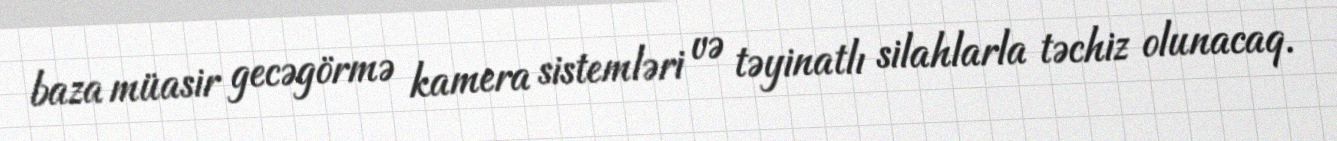
baza müasir gecəgörmə kamera sistemləri və təyinatlı silahlarla təchiz olunacaq.